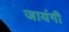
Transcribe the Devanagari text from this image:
जायंगी